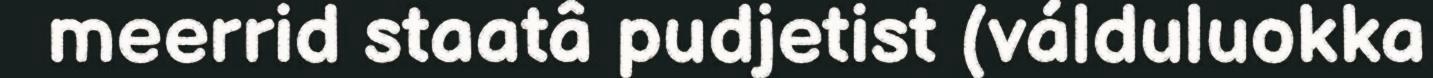
meerrid staatâ pudjetist (válduluokka